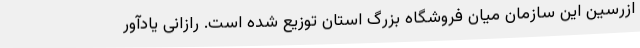
ازرسین این سازمان میان فروشگاه بزرگ استان توزیع شده است. رازانی یادآور